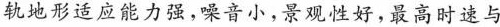
轨地形适应能力强，噪音小，景观性好，最高时速与